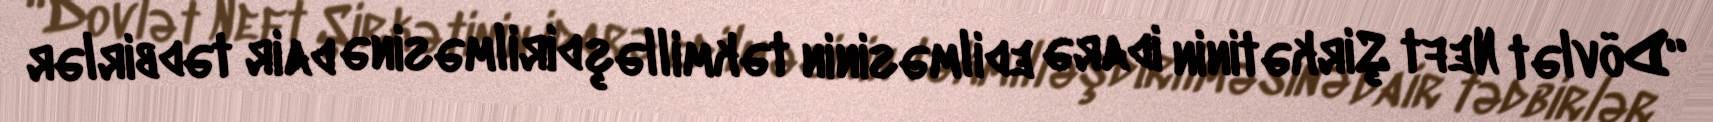
“Dövlət Neft Şirkətinin idarə edilməsinin təkmilləşdirilməsinə dair tədbirlər